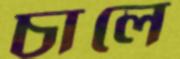
চালে